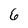
Character: 6